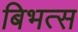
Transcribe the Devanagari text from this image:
बिभत्स